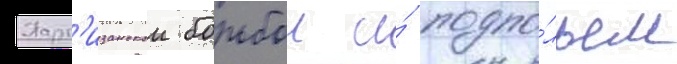
Парт'изанскои борьбои и́ подпо́льем